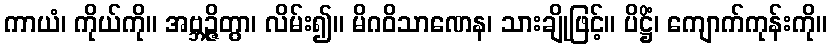
ကာယံ၊ ကိုယ်ကို။ အဗ္ဘဉ္ဇိတွာ၊ လိမ်း၍။ မိဂဝိသာဏေန၊ သားချိုဖြင့်။ ပိဋ္ဌိံ၊ ကျောက်ကုန်းကို။